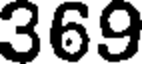
369